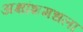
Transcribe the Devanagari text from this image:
अक्षांशमधला